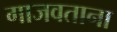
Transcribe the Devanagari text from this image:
गाजवताना